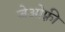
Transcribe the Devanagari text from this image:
जेओफ़्री